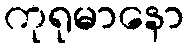
ကုရုမာနော